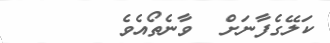
ކަލޭގެފާނަށް  ވާނެތޯއެވެ